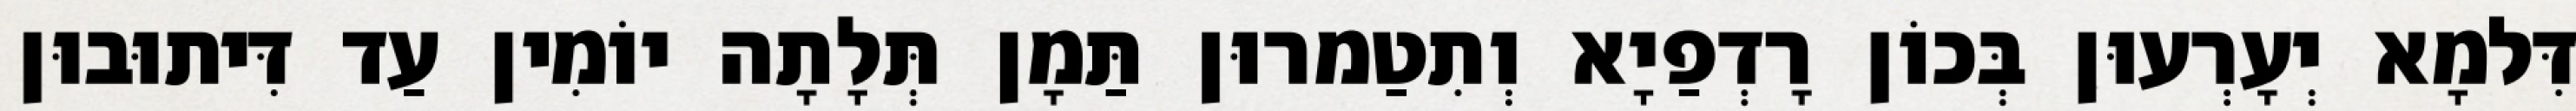
דִּלמָא יְעָרְעוּן בְּכוֹן רָדְפַיָא וְתִטַמרוּן תַּמָן תְּלָתָה יוֹמִין עַד דִּיתוּבוּן